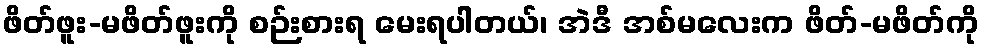
ဖိတ်ဖူး-မဖိတ်ဖူးကို စဉ်းစားရ မေးရပါတယ်၊ အဲဒီ အစ်မလေးက ဖိတ်-မဖိတ်ကို